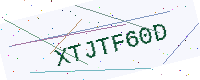
Text: XTJTF60D